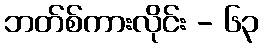
ဘတ်စ်ကားလိုင်း - ၆၃